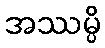
အဿမ္ပိ